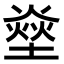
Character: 𤍢